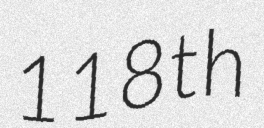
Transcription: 118th